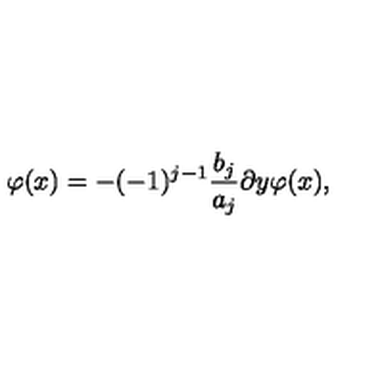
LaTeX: \varphi ( x ) = - ( - 1 ) ^ { j - 1 } \frac { b _ { j } } { a _ { j } } \partial y \varphi ( x ) ,